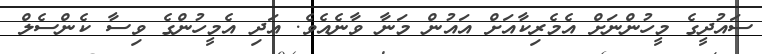
ސައުދީގެ މީހުންނަށް އެމެރިކާއަށް އައުން މަނާ ވާނެއެވެ. އަދި އެމީހުންގެ ވިސާ ކެންސެލް